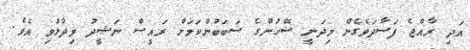
އަދި ރާއްޖެ ފަސާދަވެގެން މިދަނީ ޝޭހުންގެ ސަބަބުންކަމަށް ރައީސް ނަޝީދު ވިދާޅުވި އެވެ.